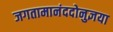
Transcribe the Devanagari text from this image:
जगतामानंददोनुज्ञया